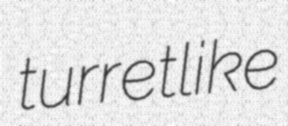
turretlike